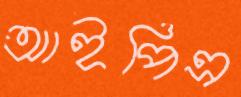
আইপিএ